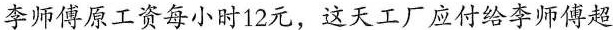
李师傅原工资每小时12元，这天工厂应付给李师傅超